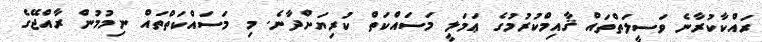
ރައްކާކުރާނެ ވަސީލަތްތައް ޤާއިމްކުރުމުގެ ޢަމަލީ މަސައްކަތް ކުރިޔަށްދާނެ. މި މަސައްކަތްތައް ނިމުމުން ރާއްޖޭގެ